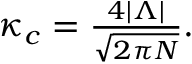
\begin{array} { r } { \kappa _ { c } = \frac { 4 | \Lambda | } { \sqrt { 2 \pi N } } . } \end{array}